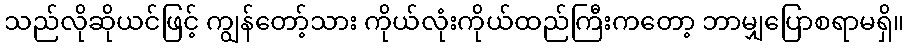
သည်လိုဆိုယင်ဖြင့် ကျွန်တော့်သား ကိုယ်လုံးကိုယ်ထည်ကြီးကတော့ ဘာမျှပြောစရာမရှိ။